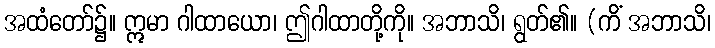
အထံတော်၌။ ဣမာ ဂါထာယော၊ ဤဂါထာတို့ကို။ အဘာသိ၊ ရွတ်၏။ (ကိံ အဘာသိ၊